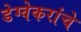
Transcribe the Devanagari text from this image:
डेग्वेकरांचे